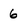
Character: 6